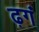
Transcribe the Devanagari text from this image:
ढ़गं